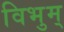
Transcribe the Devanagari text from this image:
विभुम्